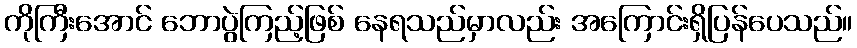
ကိုကြီးအောင် ဘောပွဲကြည့်ဖြစ် နေရသည်မှာလည်း အကြောင်းရှိပြန်ပေသည်။